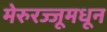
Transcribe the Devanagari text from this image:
मेरुरज्जूमधून